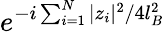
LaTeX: e^{-i\sum_{i=1}^{N}|z_{i}|^{2}/4l_{B}^{2}}